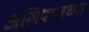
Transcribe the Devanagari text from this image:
अलिवालच्या